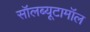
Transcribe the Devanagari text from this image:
सॉलब्यूटामॉल